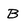
Character: B